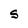
Character: S